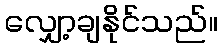
လျှော့ချနိုင်သည်။